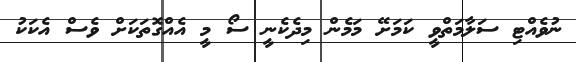
ނުވެއްޓި ސަލާމަތްވީ ކަމަށޭ މަމެން މިދެކެނީ ސޯ މީ އެއްގޮތަކަށް ވެސް އެކަކު